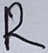
Text: R